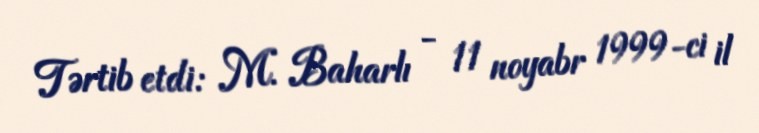
Tərtib etdi: M. Baharlı - 11 noyabr 1999-ci il